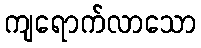
ကျရောက်လာသော